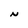
Character: N